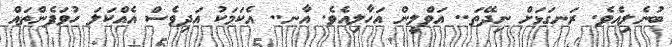
ބުނެލިއެވެ. ރަނގަޅަށް ނިދޭތަ.. އަވްލީން އަހާލިއެވެ. އާނ.. އެކަމަކު އަދިވެސް އެއްކަލަ ހުވަފެންތައް